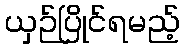
ယှဉ်ပြိုင်ရမည့်